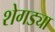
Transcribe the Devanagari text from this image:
शेगड्या